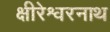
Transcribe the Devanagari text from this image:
क्षीरेश्वरनाथ